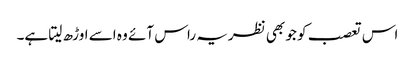
اس تعصب کو جو بھی نظریہ راس آئے وہ اسے اوڑھ لیتا ہے۔